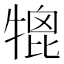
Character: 𤚪